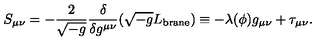
S _ { \mu \nu } = - { \frac { 2 } { \sqrt { - g } } } { \frac { \delta } { \delta g ^ { \mu \nu } } } ( \sqrt { - g } L _ { \mathrm { b r a n e } } ) \equiv - \lambda ( \phi ) g _ { \mu \nu } + \tau _ { \mu \nu } .